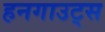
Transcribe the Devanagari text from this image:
हनगाउट्स